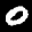
Label: 0